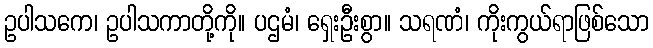
ဥပါသကေ၊ ဥပါသကာတို့ကို။ ပဌမံ၊ ရှေးဦးစွာ။ သရဏံ၊ ကိုးကွယ်ရာဖြစ်သော